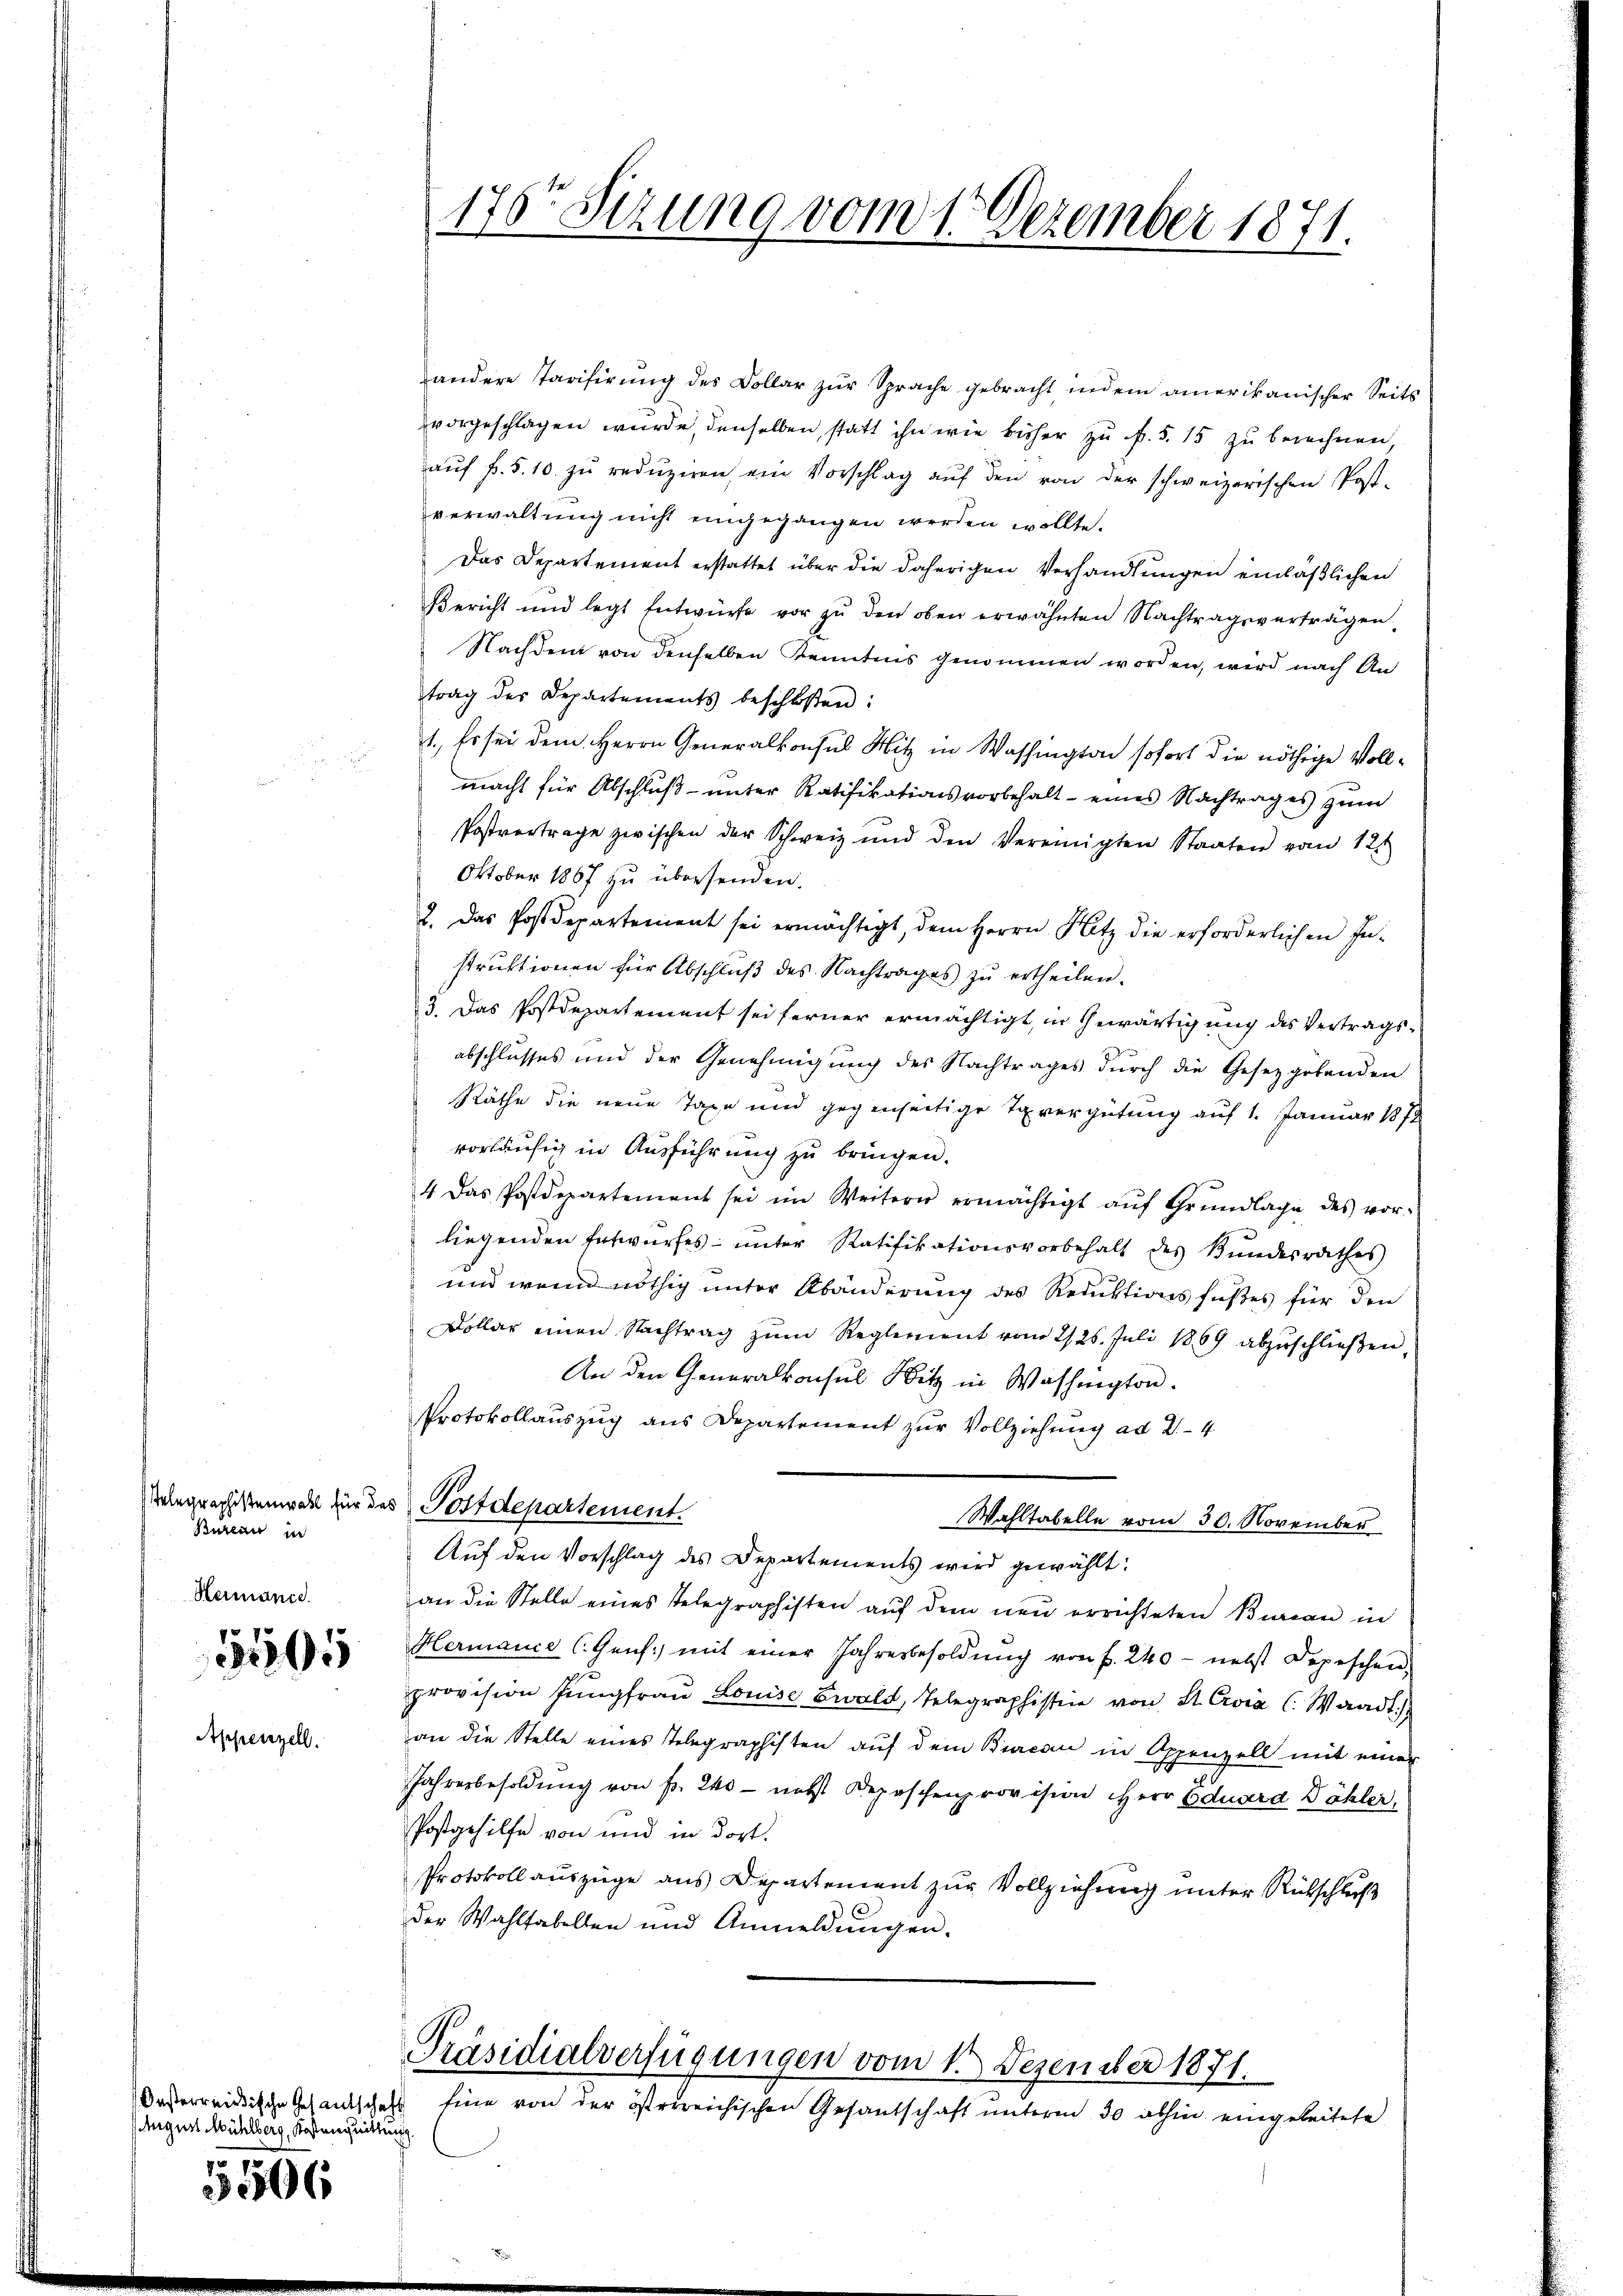
Telegraphistenwahl für das
Bureau in
Hermanie

o 15
05

Appenzell.

August Mühlberg, Kosten quittu

5506

1757 Sizung vom 1. Dezember 1871.

andere Tarifirŭng des Collar zŭr Sprache gebracht, indem amerikanischer Seits
vorgeschlagen wurde, denselben, statt ihn wie bisher zu f. 5. 15 zu berechnen,
aŭf fr. 5. 10. zŭ redŭziren, ein Vorschlag aŭf den von der schweizerischen Post-
verwaltung nicht eingegangen werden wollte.
Das Departement erstattet über die daherigen Verhandlungen einläßlichen
Bericht und legt Entwürfe vor zŭ den oben erwähnten Nachtragsverträgen
Nachdem von denselben Kenntnis genommen worden, wird nach An
trag des Departements beschloßen:
1., Es sei dem Herrn Generalkonsul Hitz in Washington sofort die nöthige Vollmacht für Abschluß unter Ratifikationsvorbehalt eines Nachtrages zŭm
Postvertrage zwischen der Schweiz und den Vereinigten Staaten vom 12.
Oktober 1867 zu übersenden.
2. Das Postdepartement sei ermächtigt, dem Herrn Notz die erforderlichen In-
struktionen für Abschluß des Nachtrages zu ertheilen.
3. Das Postdepartement sei ferner ermächtigt, in Gewärtigung des Vertrags-
abschlusses und der Genehmigung des Nachtrages durch die Gesetzgebenden
Räthe die neue Taxe und gegenseitige Tavergütung auf 1. Januar 1872
vorläufig in Ausführung zu bringen.
4 das Postdepartement sei im Weitern ermächtigt aŭf Grŭndlage des vor-
liegenden Entwurfes unter Ratifikationsvorbehalt des Bundesrathes
und wenn nöthig unter Abänderung des Reduktionsfußes für den
Dollar einen Nachtrag zŭm Reglement vom 2/25. Juli 1869 abzŭschlieβen.
An den Generalkonsul Sitz in Washington.
Protokollauszug aus Departement zur Vollziehung ad 2. 4
Postdepartement.
Wahltabelle vom 30. November
Auf den Vorschlag des Departements wird gewählt:
an die Stelle eines Telegraphisten auf dem neu errichteten Bureau in
Hermance l. Genf mit einer Jahresbesoldŭng von f. 240 - nebst Depeschen,
provision Jŭngfraŭ Louise Ewald, Telegraphissene von St. Civia C. Waadt.
an die Stelle eines Telegraphisten auf dem Bureau in Appenzell mit einer
Jahresbesoldung von fr. 240 - nebst Depeschenprovision Herr Eduard Dähler,
Postgehilfe von und in dort.
Protokoll auszüge aus Departement zur Vollziehung unter Rütschluß
der Wahlfabellen und Anmeldungen.

Präsidialverfügungen vom 1. Dezember 1871.
Oesterreisische Gesandschaft Eine von der österreichischen Gesantschaft unterm 30 abhin eingeleitete

i